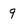
Character: 9